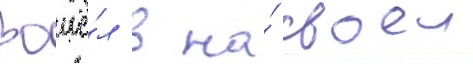
Вошё́л в на́ своеи